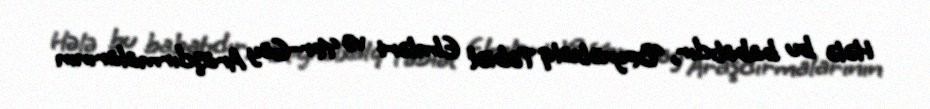
Hələ bu babatıdır, “Beynəlxalq Təbiət Elmləri və Yer-Göy Araşdırmalarının